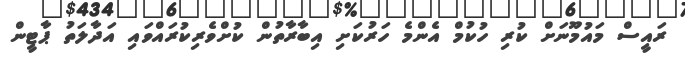
ރައީސް މައުމޫނަށް ކުރި ހުކުމް އެންމެ ހަރުކަށި އިބާރާތުން ކުށްވެރިކުރައްވައި އަދާލަތު ޕާޓީން